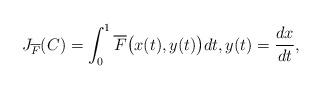
LaTeX: \begin{align*}J_{\overline{F}}(C)=\int_0^1\overline{F}\big(x(t),y(t)\big)dt, y(t)=\frac{dx}{dt},\end{align*}